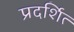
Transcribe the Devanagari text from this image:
प्रदर्शित्‍